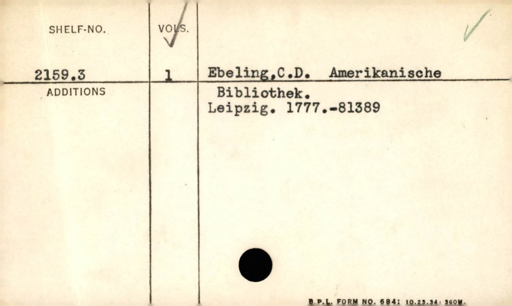
Label: content